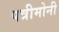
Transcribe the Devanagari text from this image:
पत्रीमोनी